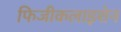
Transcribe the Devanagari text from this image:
फिजीकलाइशेन